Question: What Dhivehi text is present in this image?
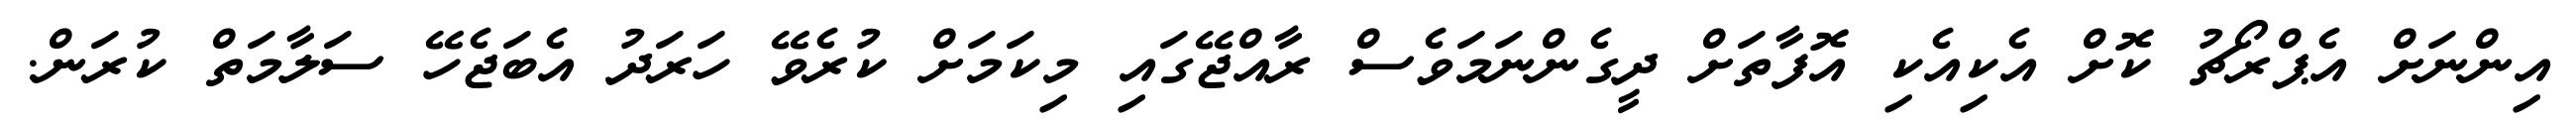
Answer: އިންނަށް އެޕްރޯޗު ކޮށް އެކިއެކި އޮފާތަށް ދީގެންނަމަވެސް ރާއްޖޭގައި މިކަމަށް ކުރެވޭ ހަރަދު އެބަޖެހޭ ސަލާމަތް ކުރަން.